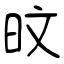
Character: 旼